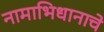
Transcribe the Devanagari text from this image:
नामाभिधानाचे